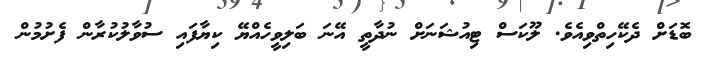
ބޮޑަށް ދެކޭހިތްވިއެވެ. ލޫކަސް ޓިއުޝަނަށް ނުދާތީ އޭނަ ބަލިވީހެއްޔޭ ކިޔާފައި ސުވާލުކުރާން ފެށުމުން